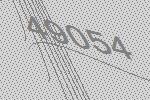
49054